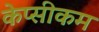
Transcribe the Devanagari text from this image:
केप्सीकम